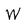
Character: W